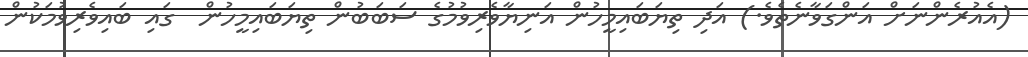
(އެއުރެންނަށް އަންގަވާނެތެވެ.) އަދި ތިޔަބައިމީހުން އަނިޔާވެރިވުމުގެ ސަބަބުން ތިޔަބައިމީހުން  ގައި ބައިވެރިވުމަކުން